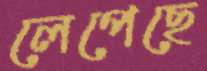
লেপেছে